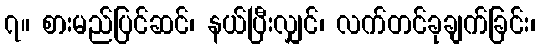
၇။ စားမည်ပြင်ဆင်၊ နယ်ပြီးလျှင်၊ လက်တင်ခုချက်ခြင်း၊